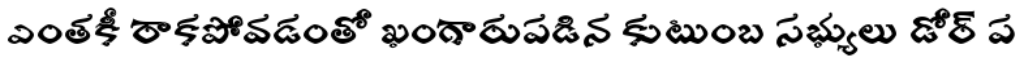
ఎంతకీ రాకపోవడంతో ఖంగారుపడిన కుటుంబ సభ్యులు డోర్ ప